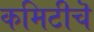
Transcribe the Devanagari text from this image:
कमिटीचॆ